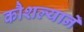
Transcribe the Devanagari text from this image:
कौशल्यानें